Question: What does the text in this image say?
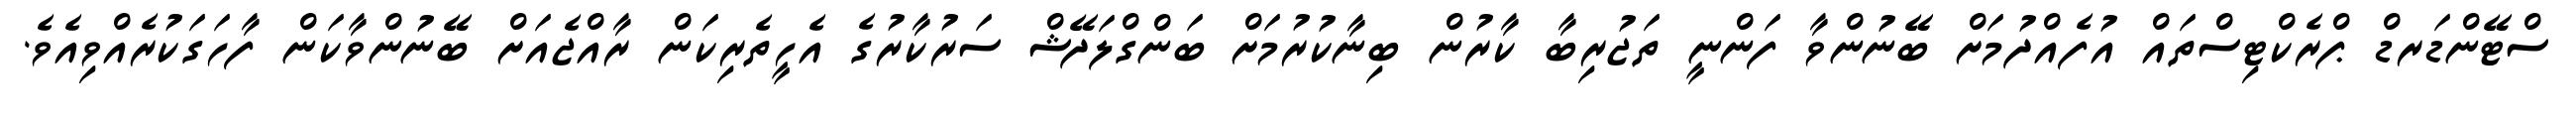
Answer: ސްޓޭންޑަރޑް ޕްރެކްޓިސްތައް އުފެއްދުމަށް ބޭނުންވާ ފަންނީ ތަޖުރިބާ ކާރުން ބިނާކުރުމަށް ބަންގްލަދޭޝް ސަރުކާރުގެ އެހީތެރިކަން ރާއްޖެއަށް ބޭނުންވާކަން ފާހަގަކުރެއްވިއެވެ.